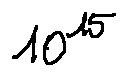
1 0 ^ { 1 5 }